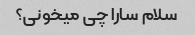
سلام سارا چی میخونی؟